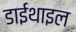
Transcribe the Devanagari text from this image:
डाईथाइल